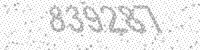
Solution: 839287